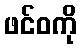
ဖင်ဝကို